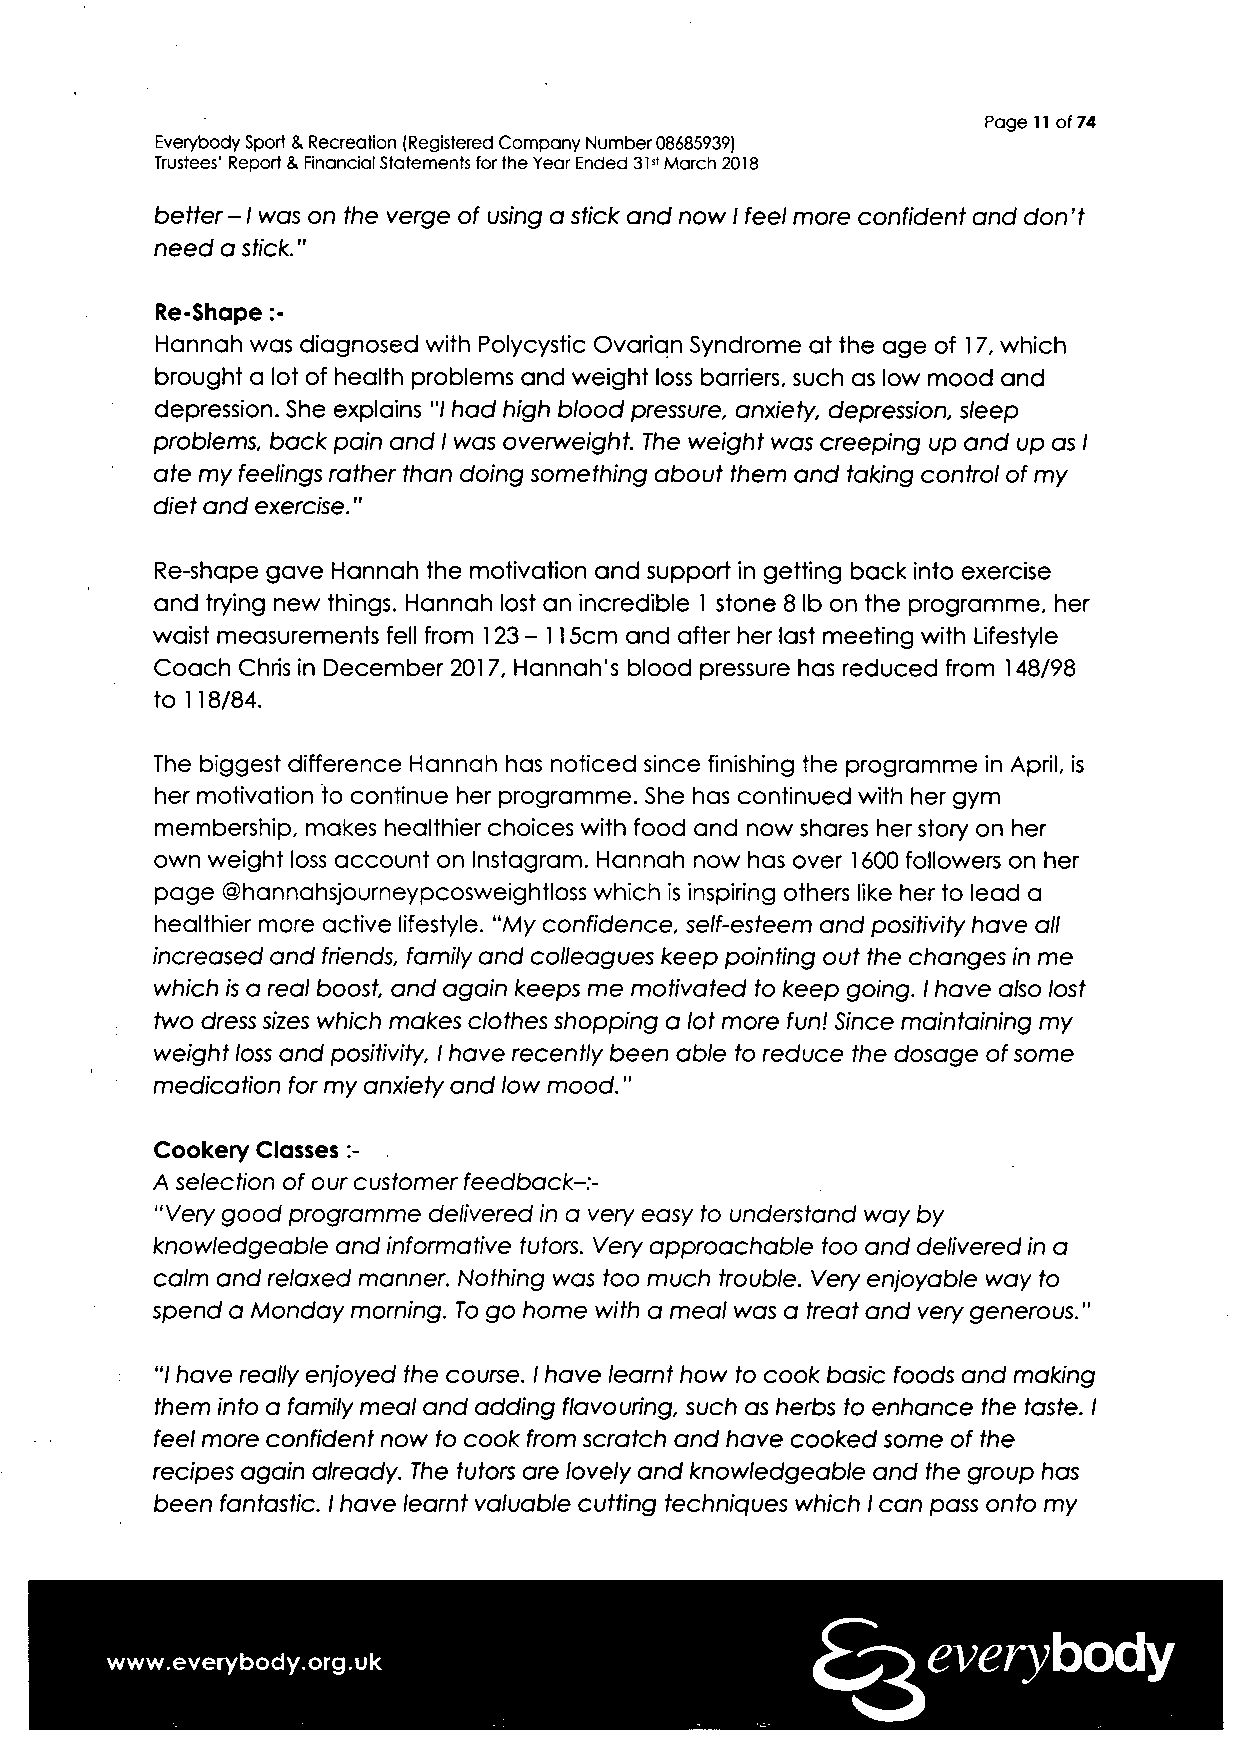
Page 11 of 74
 Everybody Sport 8. Recreation (Registered Company Number 08685939)
 Trustees' Report & Financial Statements for the Year Ended 31st March 2018
 better -1 was on the verge of using a stick and now I feel more confident and don't
 need a stick."
 Re-Shape :-
 Hannah was diagnosed with Polycystic Ovarian Syndrome at the age of 17, which
 brought a lot of health problems and weight loss barriers, such as low mood and
 depression. She explains"/ had high blood pressure, anxiety, depression, sleep
 problems, back pain and I was overweight. The weight was creeping up and up as I
 ate my feelings rather than doing something about them and taking control of my
 diet and exercise."
 Re-shape gave Hannah the motivation and support in getting back into exercise
 and trying new things. Hannah lost an incredible 1 stone 8 Ib on the programme, her
 waist measurements fell from 123 - 115cm and after her last meeting with Lifestyle
 Coach Chris in December 2017, Hannah's blood pressure has reduced from 148/98
 to 118/84.
 The biggest difference Hannah has noticed since finishing the programme in April, is
 her motivation to continue her programme. She has continued with her gym
 membership, makes healthier choices with food and now shares her story on her
 own weight loss account on Instagram. Hannah now has over 1600 followers on her
 page ©hannahsjourneypcosweightloss which is inspiring others like her to lead a
 healthier more active lifestyle. "My confidence, self-esteem and positivity have all
 increased and friends, family and colleagues keep pointing out the changes in me
 which is a real boost, and again keeps me motivated to keep going. I have also lost
 two dress sizes which makes clothes shopping a lot more fun! Since maintaining my
 weight loss and positivity, I have recently been able to reduce the dosage of some
 medication for my anxiety and low mood."
 Cookery Classes :-
 A selection of our customer feedback-:-
 "Very good programme delivered in a very easy to understand way by
 knowledgeable and informative tutors. Very approachable too and delivered in a
 calm and relaxed manner. Nothing was too much trouble. Very enjoyable way to
 spend a Monday morning. To go home with a meal was a treat and very generous."
 "I have really enjoyed the course. I have learnt how to cook basic foods and making
 them into a family meal and adding flavouring, such as herbs to enhance the taste. I
 feel more confident now to cook from scratch and have cooked some of the
 recipes again already. The tutors are lovely and knowledgeable and the group has
 been fantastic. I have learnt valuable cutting techniques which I can pass onto my
 www.everybody.org.uk
 everybody